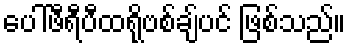
ပေါ်ဖီရီပီထရိုဗစ်ချ်ပင် ဖြစ်သည်။